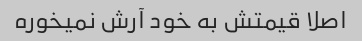
اصلا قیمتش به خود آرش نمیخوره